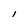
Character: I